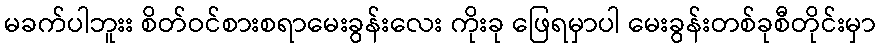
မခက်ပါဘူးး စိတ်ဝင်စားစရာမေးခွန်းလေး ကိုးခု ဖြေရမှာပါ မေးခွန်းတစ်ခုစီတိုင်းမှာ